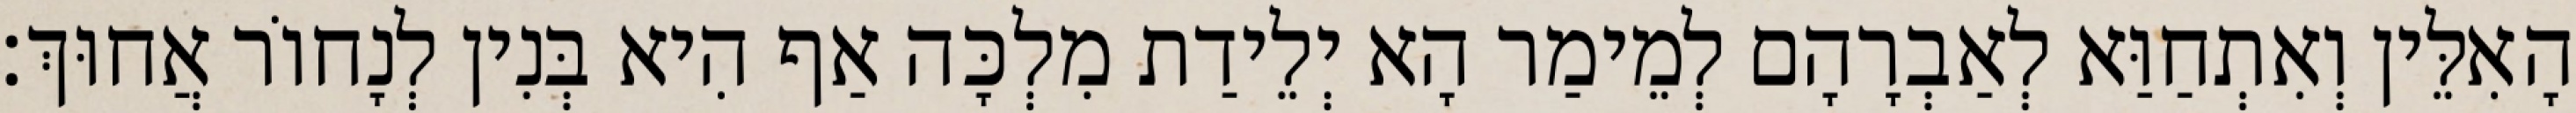
הָאִלֵּין וְאִתְחַוַּא לְאַבְרָהָם לְמֵימַר הָא יְלֵידַת מִלְכָּה אַף הִיא בְּנִין לְנָחוֹר אֲחוּךְ׃